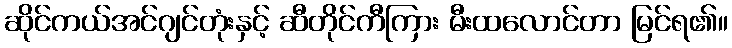
ဆိုင်ကယ်အင်ဂျင်တုံးနှင့် ဆီတိုင်ကီကြား မီးထလောင်တာ မြင်ရ၏။